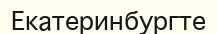
Екатеринбургте